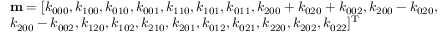
\begin{array} { l } { { \bf { m } } = [ { k _ { 0 0 0 } } , { k _ { 1 0 0 } } , { k _ { 0 1 0 } } , { k _ { 0 0 1 } } , { k _ { 1 1 0 } } , { k _ { 1 0 1 } } , { k _ { 0 1 1 } } , { k _ { 2 0 0 } } + { k _ { 0 2 0 } } + { k _ { 0 0 2 } } , { k _ { 2 0 0 } } - { k _ { 0 2 0 } } , } \\ { { k _ { 2 0 0 } } - { k _ { 0 0 2 } } , { k _ { 1 2 0 } } , { k _ { 1 0 2 } } , { k _ { 2 1 0 } } , { k _ { 2 0 1 } } , { k _ { 0 1 2 } } , { k _ { 0 2 1 } } , { k _ { 2 2 0 } } , { k _ { 2 0 2 } } , { k _ { 0 2 2 } } { ] ^ { \mathrm { { T } } } } } \end{array}